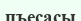
пъесасы